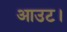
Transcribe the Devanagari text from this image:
आउट।